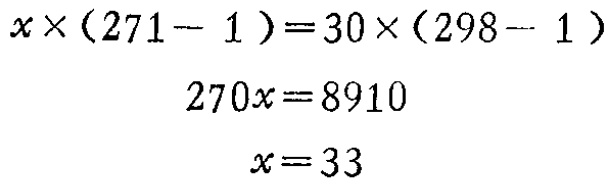
\[

\begin{align*}

x\times(271 - 1)&=30\times(298 - 1)\\

270x&=8910\\

x&=33

\end{align*}

\]